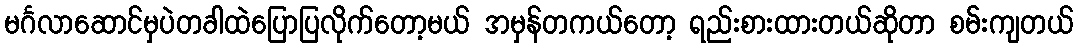
မင်္ဂလာဆောင်မှပဲတခါထဲပြောပြလိုက်တော့မယ် အမှန်တကယ်တော့ ရည်းစားထားတယ်ဆိုတာ စမ်းကျတယ်